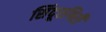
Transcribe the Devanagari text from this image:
सिंदूरगिरी